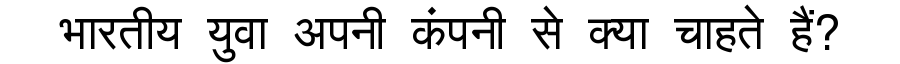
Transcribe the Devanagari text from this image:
भारतीय युवा अपनी कंपनी से क्या चाहते हैं?